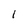
Character: 1